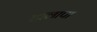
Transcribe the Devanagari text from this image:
हालापा